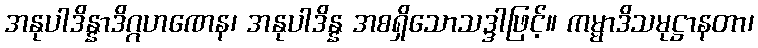
အနုပါဒိန္နာဒိဂ္ဂဟဏေန၊ အနုပါဒိန္န အစရှိသောသဒ္ဒါဖြင့်။ ကမ္မာဒိသမုဋ္ဌာနတာ၊